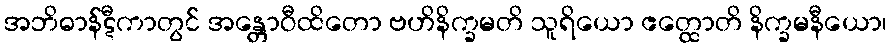
အဘိဓာန်ဋီကာတွင် အန္တောဝီထိတော ဗဟိနိက္ခမတိ သူရိယော ဧတ္ထောတိ နိက္ခမနီယော၊